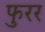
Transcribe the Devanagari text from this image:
फुरर